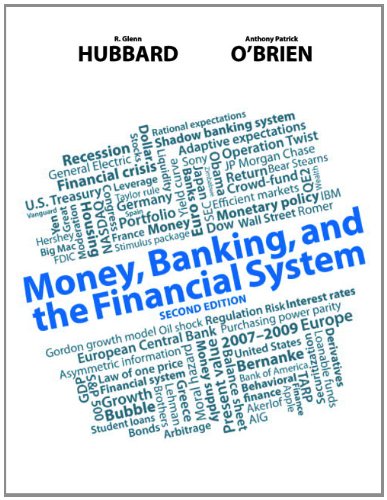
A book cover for Money, Banking, and the Financial System (2nd Edition); Glenn P. Hubbard; Business & Money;